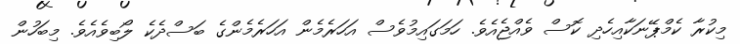
މިކުރާ ކެމްޕޭނަކާއިހެދި ކޮސް ވެއްޖެއެވެ. ހަމަގައިމުވެސް އަހަރެމެން އަހަރެމެންގެ ބަސްދެކެ ލޯބިވެއެވެ. މިބަހުން